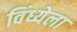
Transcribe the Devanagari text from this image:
विंध्येला